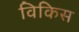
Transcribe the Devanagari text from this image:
विकिस